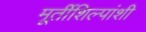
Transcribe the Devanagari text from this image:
मूर्तीशिल्पांशी